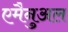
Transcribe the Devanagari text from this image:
एमैनुअल